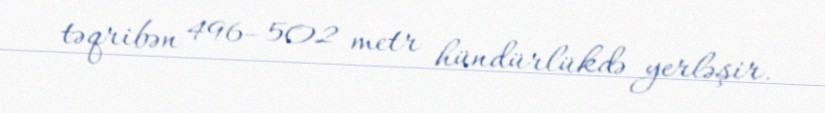
təqribən 496–502 metr hündürlükdə yerləşir.